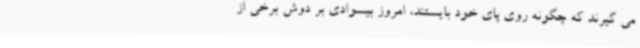
می گیرند که چگونه روی پای خود بایستند، امروز بیسوادی بر دوش برخی از